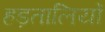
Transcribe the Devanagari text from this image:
हड़तालियों